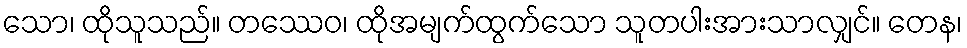
သော၊ ထိုသူသည်။ တဿေဝ၊ ထိုအမျက်ထွက်သော သူတပါးအားသာလျှင်။ တေန၊